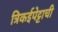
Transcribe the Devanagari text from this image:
त्रिकईपेट्टाची